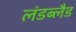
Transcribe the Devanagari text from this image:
लंडब्लैड